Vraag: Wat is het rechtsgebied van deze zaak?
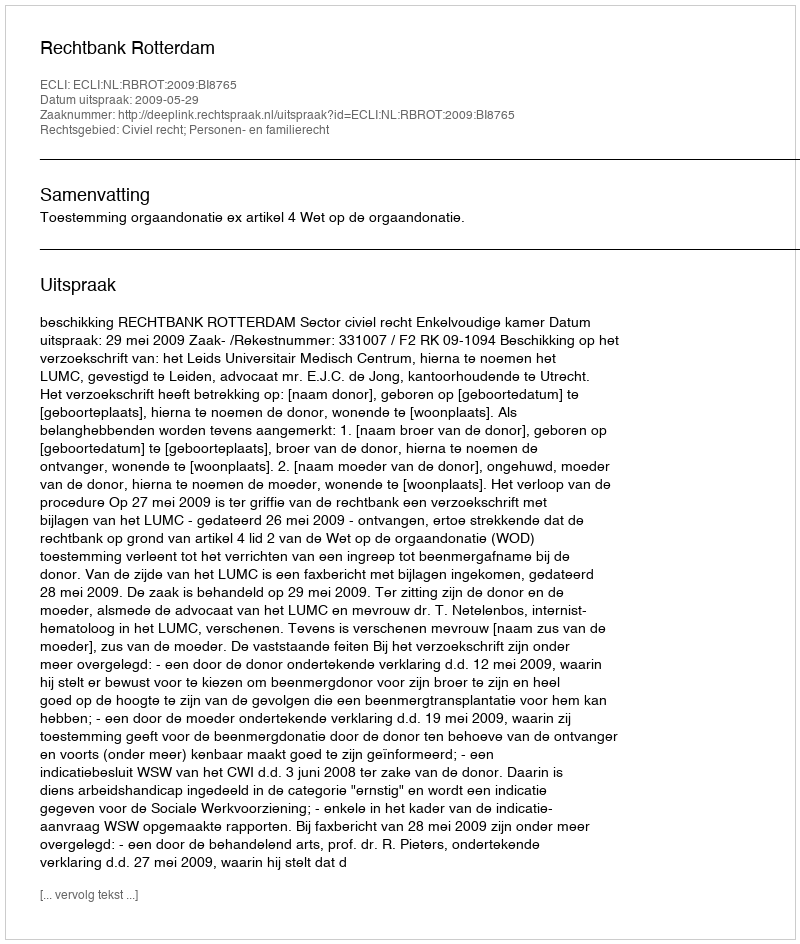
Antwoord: Civiel recht; Personen- en familierecht